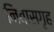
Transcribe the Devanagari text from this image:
निवासगृह